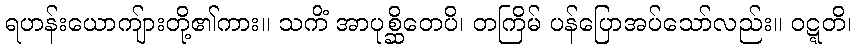
ရဟန်းယောကျ်ားတို့၏ကား။ သကိံ အာပုစ္ဆိတေပိ၊ တကြိမ် ပန်ပြောအပ်သော်လည်း။ ဝဋ္ဋတိ၊